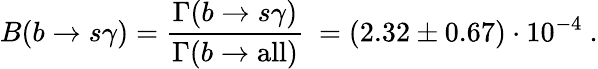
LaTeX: B(b\to s\gamma)=\frac{\Gamma(b\to s\gamma)}{\Gamma(b\to\mathrm{all})}\ =(2.32\pm 0.67)\cdot 10^{-4}\ .